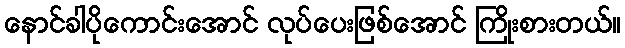
နောင်ခါပိုကောင်းအောင် လုပ်ပေးဖြစ်အောင် ကြိုးစားတယ်။